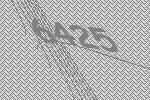
6425